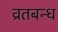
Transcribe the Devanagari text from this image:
व्रतबन्ध